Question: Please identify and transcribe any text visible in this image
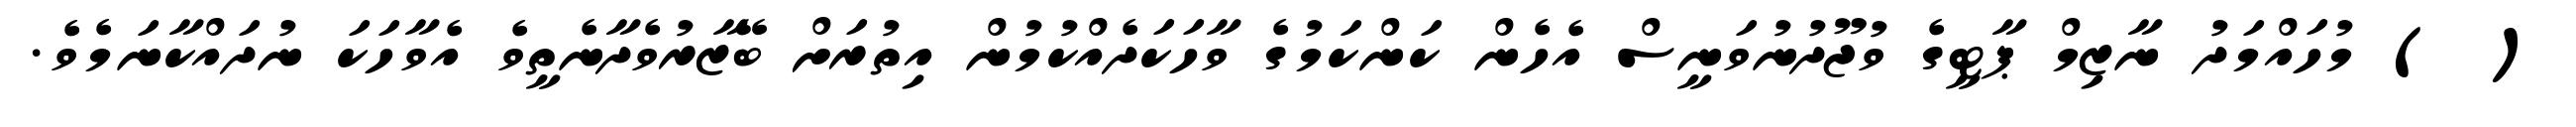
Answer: ( ) މުހައްމަދު ނާޒިމް ޕާޓީގެ ވުޖޫދުނުވަނީސް އެހެން ކަންކަމުގެ ވާހަކަދެއްކުމުން އިތުރަށް ބޭޒާރުވެދާނެތީވެ އެވާހަކަ ނުދައްކާނަމެވެ.